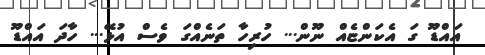
އައްޑޫ ގަ އެކަންޏެއް ނޫން... ހުރިހާ ތަނެއްގަ ވެސް އުޅޭ... ހާދަ އައްޑޫ